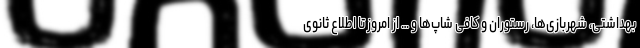
بهداشتی، شهربازی‌ها، رستوران و کافی شاپ‌ها و … از امروز تا اطلاع ثانوی